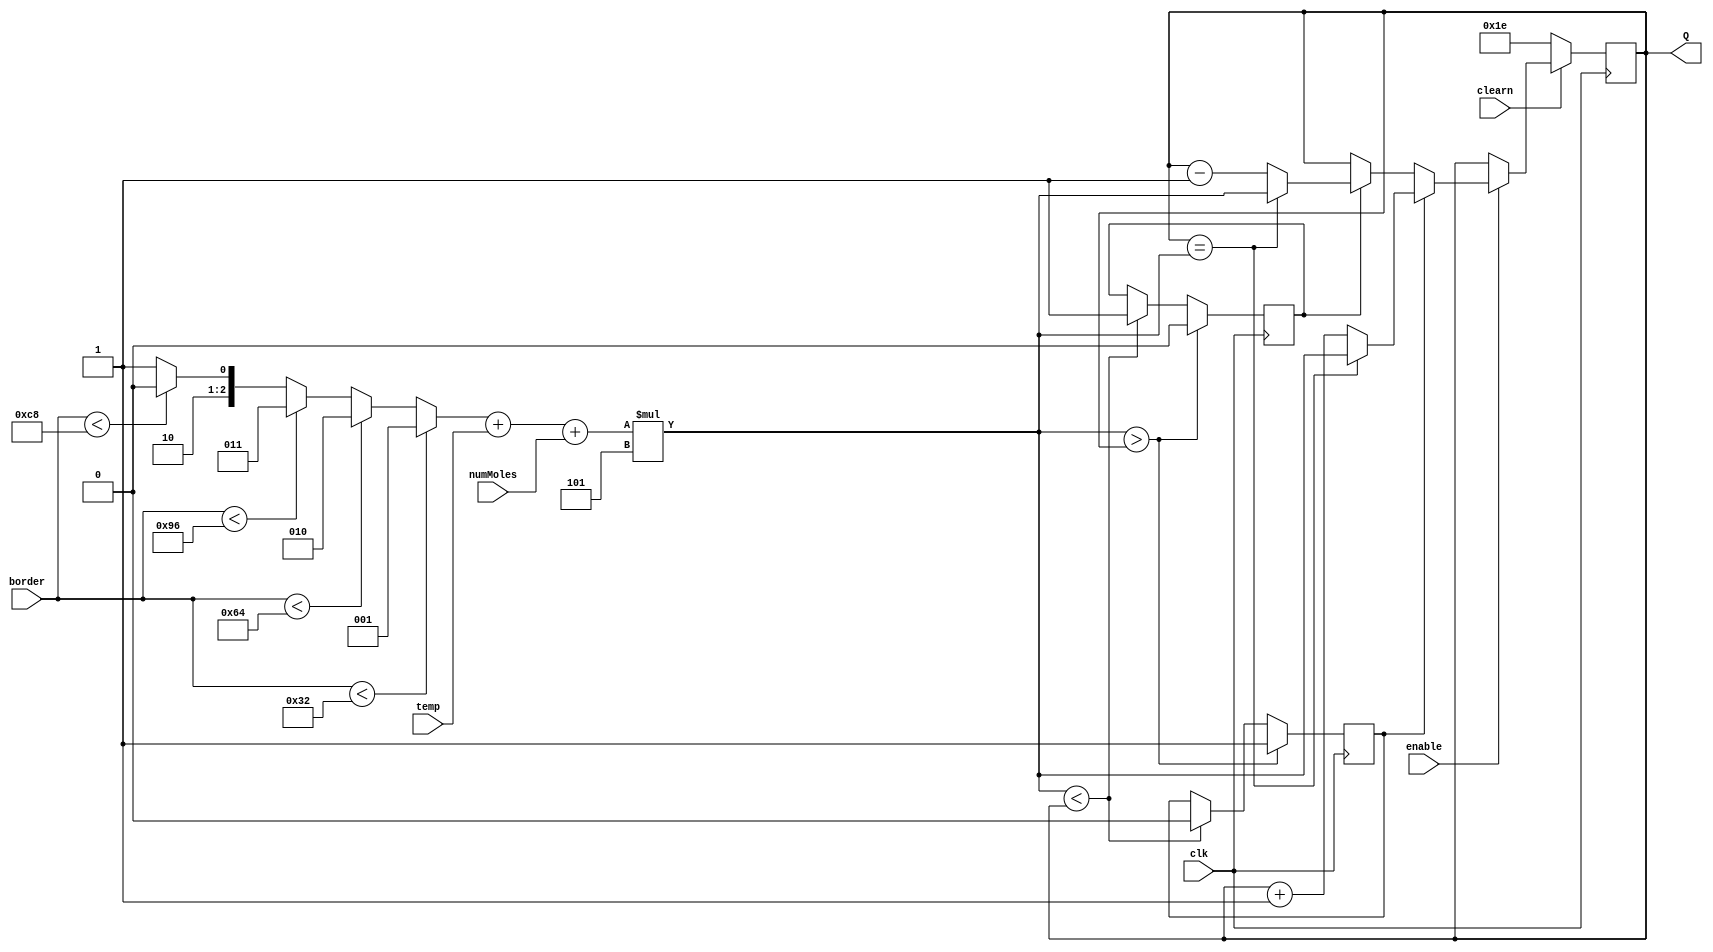
module meterCounter (clearn, enable, temp, numMoles, border, clk , Q); //enableMoltoVol is the signal we use to switch between modes
	input  enable, clk, clearn;
	input [2:0] numMoles;
	input [2:0] temp;
	input [7:0] border;
	output reg [6:0] Q; //position of meter on the scale
	reg right; // increments Q by +1
	reg left;  // increments Q by -1
	
	reg [2:0] volLevel;
	wire [6:0] pressureLevel;
	
	always@(*)
	begin 
		//Pressure and volume is inversely proportional. So when border is small, the volume level is high.
		//However, we intentioanlly assign a small volLevel value since the contribution of volume to pressure is inversely proportional
		//where as temp and numMoles are left on its own since their increase results in proportional increase of pressure
		if(border < 50)
			volLevel = 1;
		else if(border < 100)
			volLevel = 2;
		else if(border < 150)
			volLevel = 3;
		else if(border < 200)
			volLevel = 4;
		else
			volLevel = 5;
	end
	
	assign pressureLevel = (volLevel + temp + numMoles )*5; //calculates the pressure based on the contribution from volume, temperature, and number of Moles

	//updates the position of the meter
	always @ (posedge clk) begin
		if (clearn == 0) begin
			Q <= 30;	
		end
		else if (enable)
			begin
			if (right) begin
					if (Q == pressureLevel)
						Q <= pressureLevel;
					else
						Q <= Q + 1;
					end
			else if (left) begin
					if (Q == pressureLevel)
						Q <= pressureLevel;
					else
						Q <= Q - 1;
				end 
		end
	end
	
	//Determines if pressure level is increasing or decreasing
	always @ (posedge clk)begin
			if(pressureLevel > Q ) begin
				right <= 1;
				left <= 0;
				end
			else if(pressureLevel < Q ) begin
				left <= 1;
				right <= 0;
				end
	end
endmodule